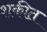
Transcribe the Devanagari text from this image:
शकीत